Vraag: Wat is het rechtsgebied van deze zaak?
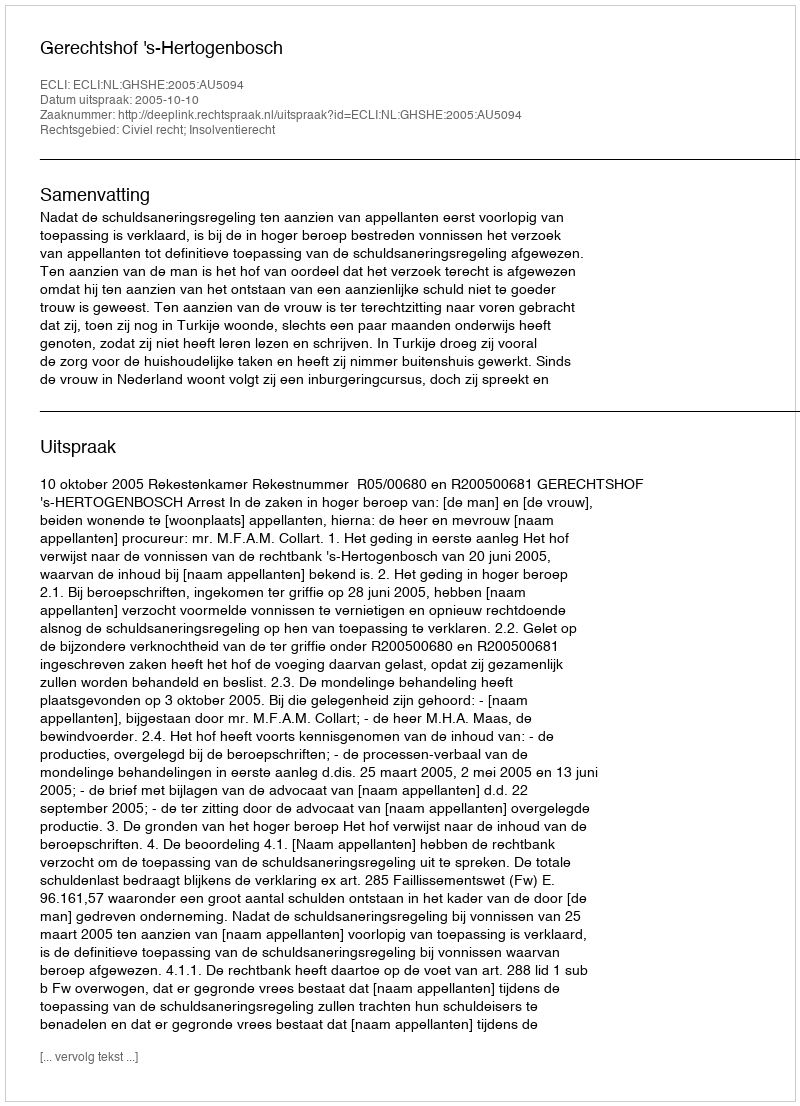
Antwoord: Civiel recht; Insolventierecht